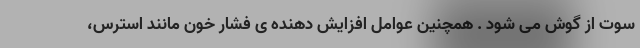
سوت از گوش می شود . همچنین عوامل افزایش دهنده ی فشار خون مانند استرس،